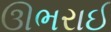
ઊભરાઈ